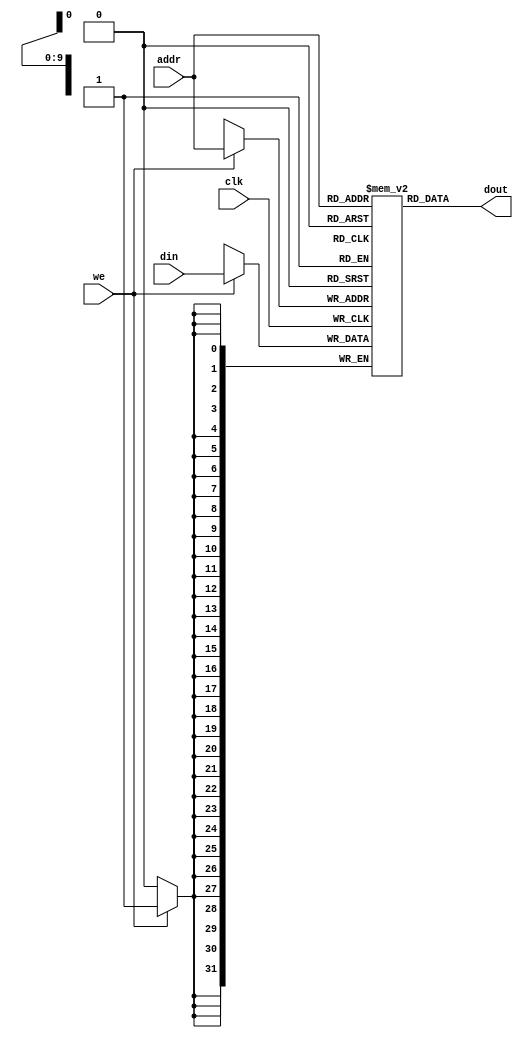
module dm_4k (addr,din,we,clk,dout);
    input[11:2] addr;
    input[31:0] din;
    input we; 
    input clk;
    output[31:0] dout;
	 reg[31:0] ram[0:1023];
	 assign dout=ram[addr];
    always@(posedge clk)
      begin
        if(we)
          ram[addr]<=din;
      end
endmodule